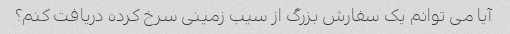
آیا می توانم یک سفارش بزرگ از سیب زمینی سرخ کرده دریافت کنم؟